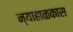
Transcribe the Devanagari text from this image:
न्याहाळकास